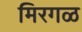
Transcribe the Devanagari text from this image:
मिरगळ